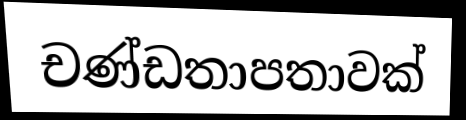
චණ්ඩතාපතාවක්